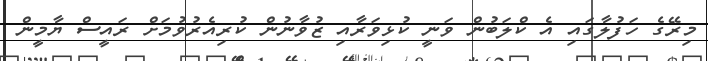
މިރޭގެ ހަފުލާގައި އެ ކްލަބުން ވަނީ ކުޅިވަރާއި ޒުވާނުން ކުރިއެރުވުމަށް ރައީސް ޔާމީން